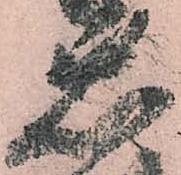
省